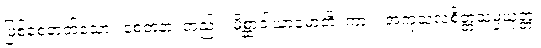
ဖြစ်စေတတ်သော။ စေတနာ၊ တည်း။ မိစ္ဆာဝါယာမောတိ၊ ကား။ အကုသလစိတ္တသမ္ပယုတ္တံ၊